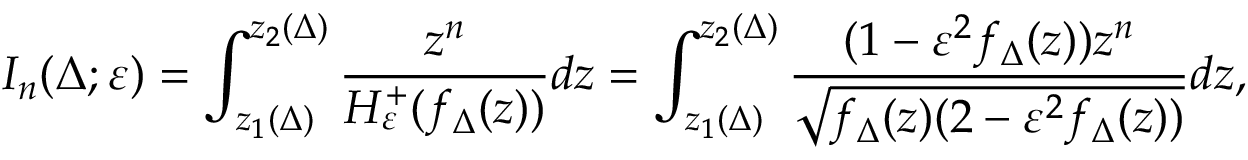
I _ { n } ( \Delta ; \varepsilon ) = \int _ { z _ { 1 } ( \Delta ) } ^ { z _ { 2 } ( \Delta ) } \frac { z ^ { n } } { H _ { \varepsilon } ^ { + } ( f _ { \Delta } ( z ) ) } d z = \int _ { z _ { 1 } ( \Delta ) } ^ { z _ { 2 } ( \Delta ) } \frac { ( 1 - \varepsilon ^ { 2 } f _ { \Delta } ( z ) ) z ^ { n } } { \sqrt { f _ { \Delta } ( z ) ( 2 - \varepsilon ^ { 2 } f _ { \Delta } ( z ) ) } } d z ,